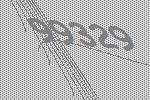
99329